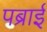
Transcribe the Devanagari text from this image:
पब्राई